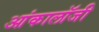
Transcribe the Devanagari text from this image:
आंकालॉजी